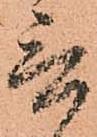
言